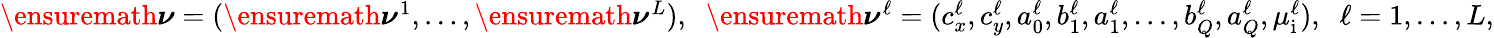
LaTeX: \begin{array}{r}{\ensuremath{\boldsymbol\nu}=(\ensuremath{\boldsymbol\nu}^{1},\ldots,\ensuremath{\boldsymbol\nu}^{L}),\; \; \ensuremath{\boldsymbol\nu}^{\ell}=(c_{x}^{\ell},c_{y}^{\ell},a_{0}^{\ell},b_{1}^{\ell},a_{1}^{\ell},\ldots,b_{Q}^{\ell},a_{Q}^{\ell},\mu_{\mathrm{i}}^{\ell}),\; \; \ell=1,\ldots,L,}\end{array}